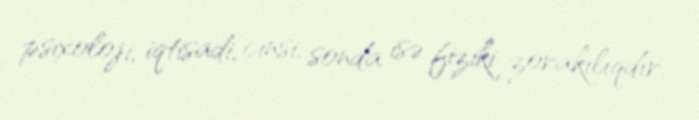
psixoloji, iqtisadi, cinsi, sonda isə fiziki zorakılıqdır.